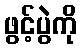
ဖွင့်ပွဲကို